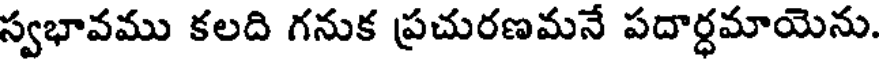
స్వభావము కలది గనుక ప్రచురణమనే పదార్ధమాయెను.